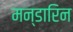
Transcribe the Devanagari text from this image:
मन्डारिन